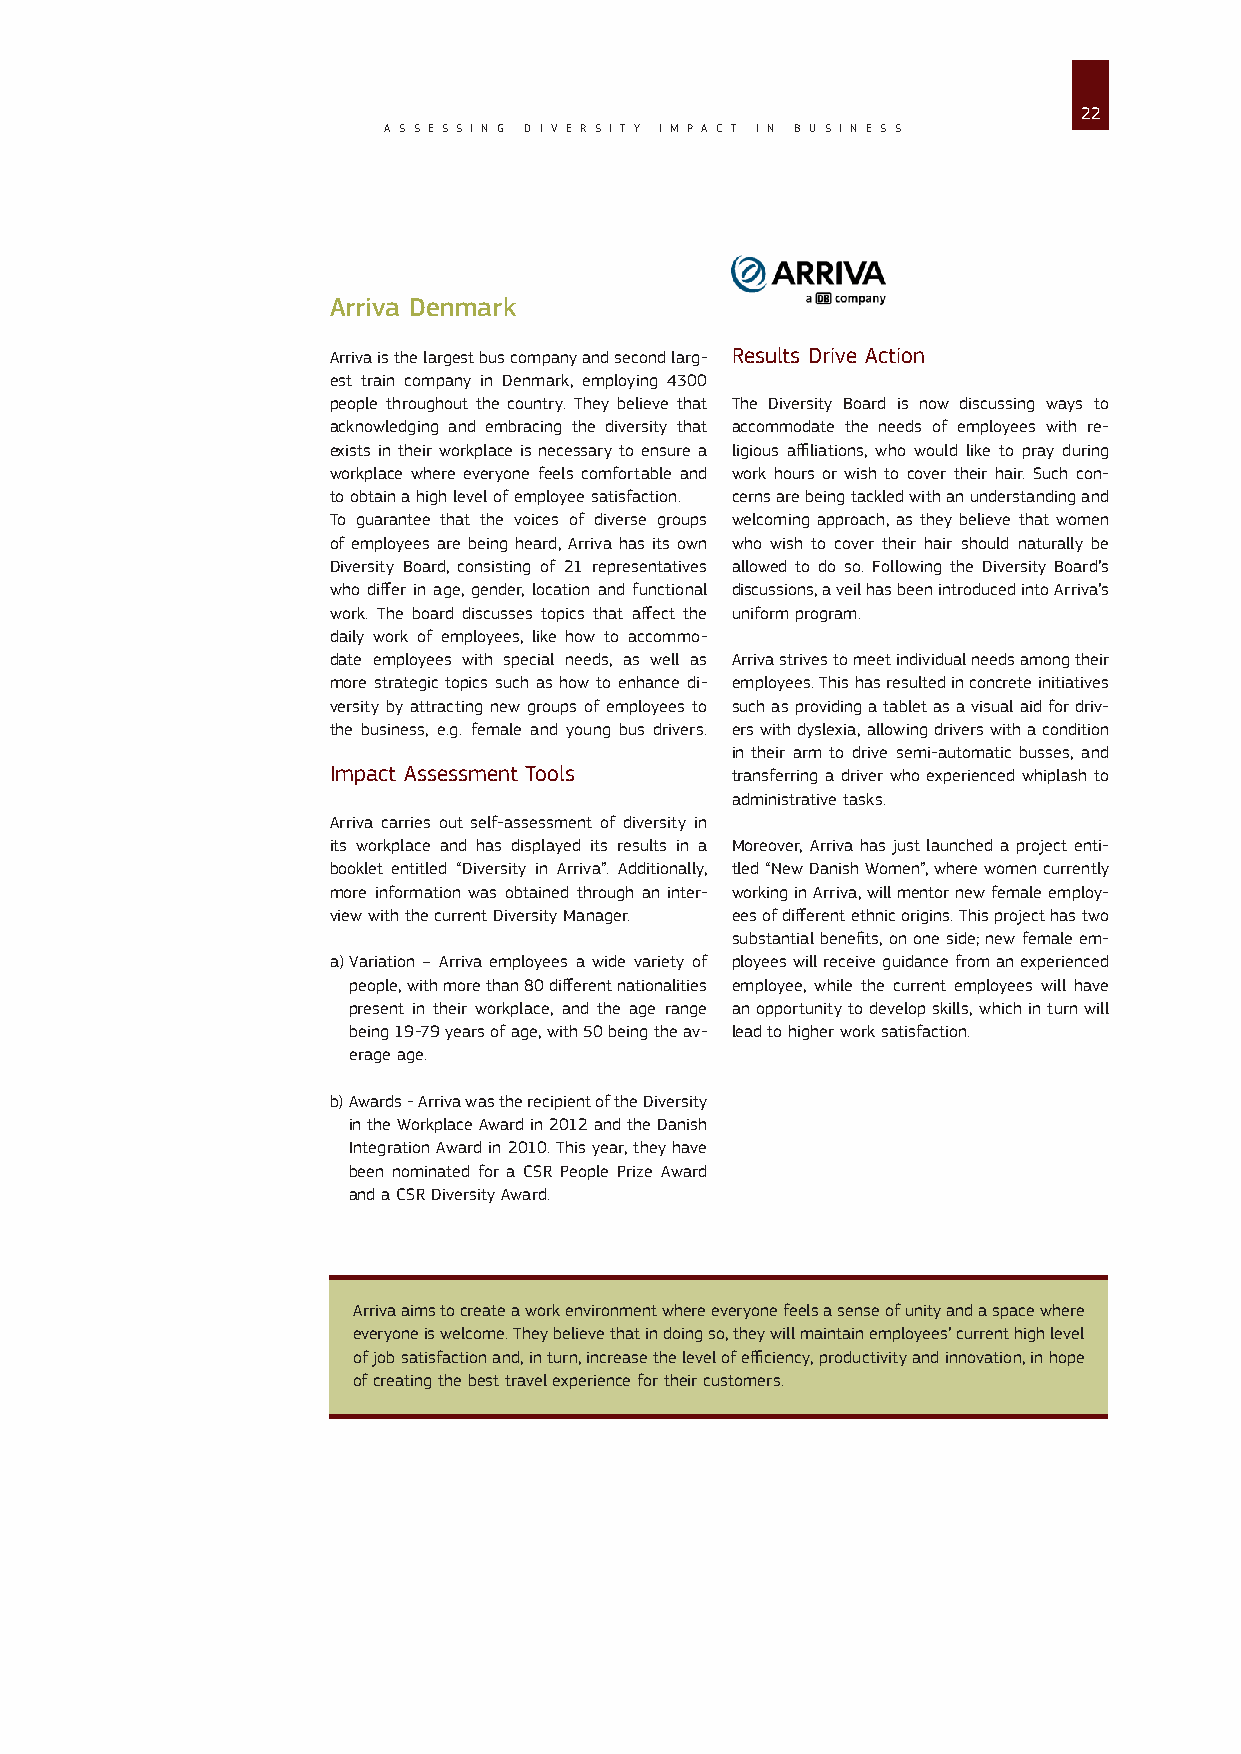
22
 A S S E S S I N G D I V E R S I T Y I M P A C T I N B U S I N E S S
 Arriva Denmark
 Arriva is the largest bus company and second larg- Results Drive Action
 est train company in Denmark, employing 4300
 people throughout the country. They believe that The Diversity Board is now discussing ways to
 acknowledging and embracing the diversity that accommodate the needs of employees with re-
 exists in their workplace is necessary to ensure a ligious affiliations, who would like to pray during
 workplace where everyone feels comfortable and work hours or wish to cover their hair. Such con-
 to obtain a high level of employee satisfaction. cerns are being tackled with an understanding and
 To guarantee that the voices of diverse groups welcoming approach, as they believe that women
 of employees are being heard, Arriva has its own who wish to cover their hair should naturally be
 Diversity Board, consisting of 21 representatives allowed to do so. Following the Diversity Board’s
 who differ in age, gender, location and functional discussions, a veil has been introduced into Arriva’s
 work. The board discusses topics that affect the uniform program.
 daily work of employees, like how to accommo-
 date employees with special needs, as well as Arriva strives to meet individual needs among their
 more strategic topics such as how to enhance di- employees. This has resulted in concrete initiatives
 versity by attracting new groups of employees to such as providing a tablet as a visual aid for driv-
 the business, e.g. female and young bus drivers. ers with dyslexia, allowing drivers with a condition
 in their arm to drive semi-automatic busses, and
 Impact Assessment Tools   transferring a driver who experienced whiplash to
 administrative tasks.
 Arriva carries out self-assessment of diversity in
 its workplace and has displayed its results in a Moreover, Arriva has just launched a project enti-
 booklet entitled “Diversity in Arriva”. Additionally, tled “New Danish Women”, where women currently
 more information was obtained through an inter- working in Arriva, will mentor new female employ-
 view with the current Diversity Manager. ees of different ethnic origins. This project has two
 substantial benefits, on one side; new female em-
 a) Variation – Arriva employees a wide variety of ployees will receive guidance from an experienced
 people, with more than 80 different nationalities employee, while the current employees will have
 present in their workplace, and the age range an opportunity to develop skills, which in turn will
 being 19-79 years of age, with 50 being the av- lead to higher work satisfaction.
 erage age.
 b) Awards - Arriva was the recipient of the Diversity
 in the Workplace Award in 2012 and the Danish
 Integration Award in 2010. This year, they have
 been nominated for a CSR People Prize Award
 and a CSR Diversity Award.
 Arriva aims to create a work environment where everyone feels a sense of unity and a space where
 everyone is welcome. They believe that in doing so, they will maintain employees’ current high level
 of job satisfaction and, in turn, increase the level of efficiency, productivity and innovation, in hope
 of creating the best travel experience for their customers.